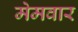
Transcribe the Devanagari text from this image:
मेमवार